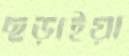
ছড়াইয়া